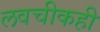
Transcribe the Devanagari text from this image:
लवचीकही